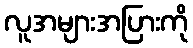
လူအများအပြားကို